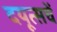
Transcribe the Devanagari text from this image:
दयूत्सचें